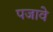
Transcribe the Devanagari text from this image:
पजावे